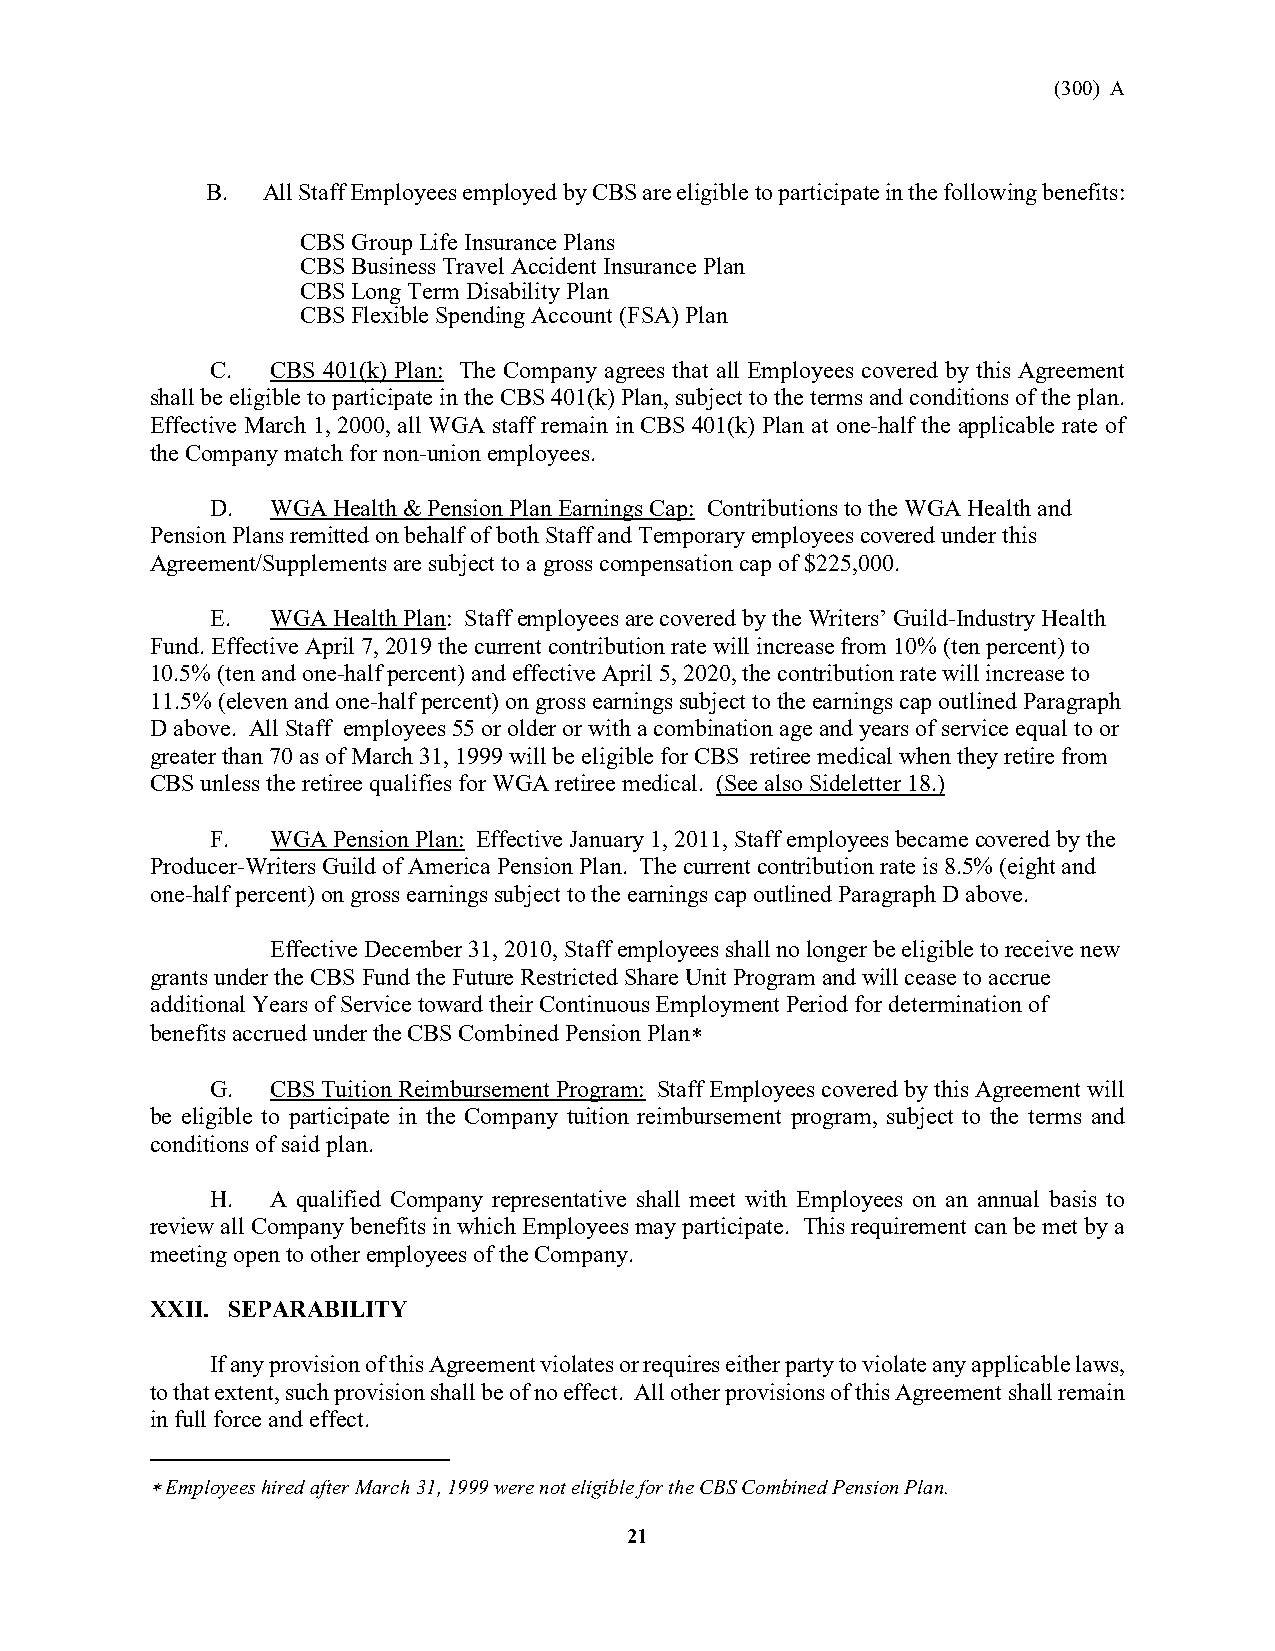
(300) A
 B. All Staff Employees employed by CBS are eligible to participate in the following benefits:
 CBS Group Life Insurance Plans
 CBS Business Travel Accident Insurance Plan
 CBS Long Term Disability Plan
 CBS Flexible Spending Account (FSA) Plan
 C.  CBS 401(k) Plan: The Company agrees that all Employees covered by this Agreement
 shall be eligible to participate in the CBS 401(k) Plan, subject to the terms and conditions of the plan.
 Effective March 1, 2000, all WGA staff remain in CBS 401(k) Plan at one-half the applicable rate of
 the Company match for non-union employees.
 D.  WGA Health & Pension Plan Earnings Cap: Contributions to the WGA Health and
 Pension Plans remitted on behalf of both Staff and Temporary employees covered under this
 Agreement/Supplements are subject to a gross compensation cap of $225,000.
 E.  WGA Health Plan: Staff employees are covered by the Writers’ Guild-Industry Health
 Fund. Effective April 7, 2019 the current contribution rate will increase from 10% (ten percent) to
 10.5% (ten and one-half percent) and effective April 5, 2020, the contribution rate will increase to
 11.5% (eleven and one-half percent) on gross earnings subject to the earnings cap outlined Paragraph
 D above. All Staff employees 55 or older or with a combination age and years of service equal to or
 greater than 70 as of March 31, 1999 will be eligible for CBS retiree medical when they retire from
 CBS unless the retiree qualifies for WGA retiree medical. (See also Sideletter 18.)
 F.  WGA Pension Plan: Effective January 1, 2011, Staff employees became covered by the
 Producer-Writers Guild of America Pension Plan. The current contribution rate is 8.5% (eight and
 one-half percent) on gross earnings subject to the earnings cap outlined Paragraph D above.
 Effective December 31, 2010, Staff employees shall no longer be eligible to receive new
 grants under the CBS Fund the Future Restricted Share Unit Program and will cease to accrue
 additional Years of Service toward their Continuous Employment Period for determination of
 benefits accrued under the CBS Combined Pension Plan∗
 G.  CBS Tuition Reimbursement Program: Staff Employees covered by this Agreement will
 be eligible to participate in the Company tuition reimbursement program, subject to the terms and
 conditions of said plan.
 H.  A qualified Company representative shall meet with Employees on an annual basis to
 review all Company benefits in which Employees may participate. This requirement can be met by a
 meeting open to other employees of the Company.
 XXII. SEPARABILITY
 If any provision of this Agreement violates or requires either party to violate any applicable laws,
 to that extent, such provision shall be of no effect. All other provisions of this Agreement shall remain
 in full force and effect.
 ∗ Employees hired after March 31, 1999 were not eligible for the CBS Combined Pension Plan.
 21